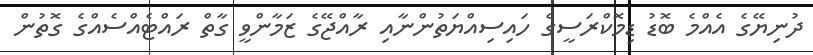
ދުނިޔޭގެ އެއްމެ ބޮޑު ޑިމޮކްރަސީގެ ހައިސިއްޔަތުންނާއި ރާއްޖޭގެ ޒަމާންވީ ގާތް ރައްޓެއްސެއްގެ ގޮތުން